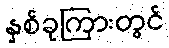
နှစ်ခုကြားတွင်